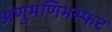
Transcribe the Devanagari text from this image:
अणुमणिभस्फट